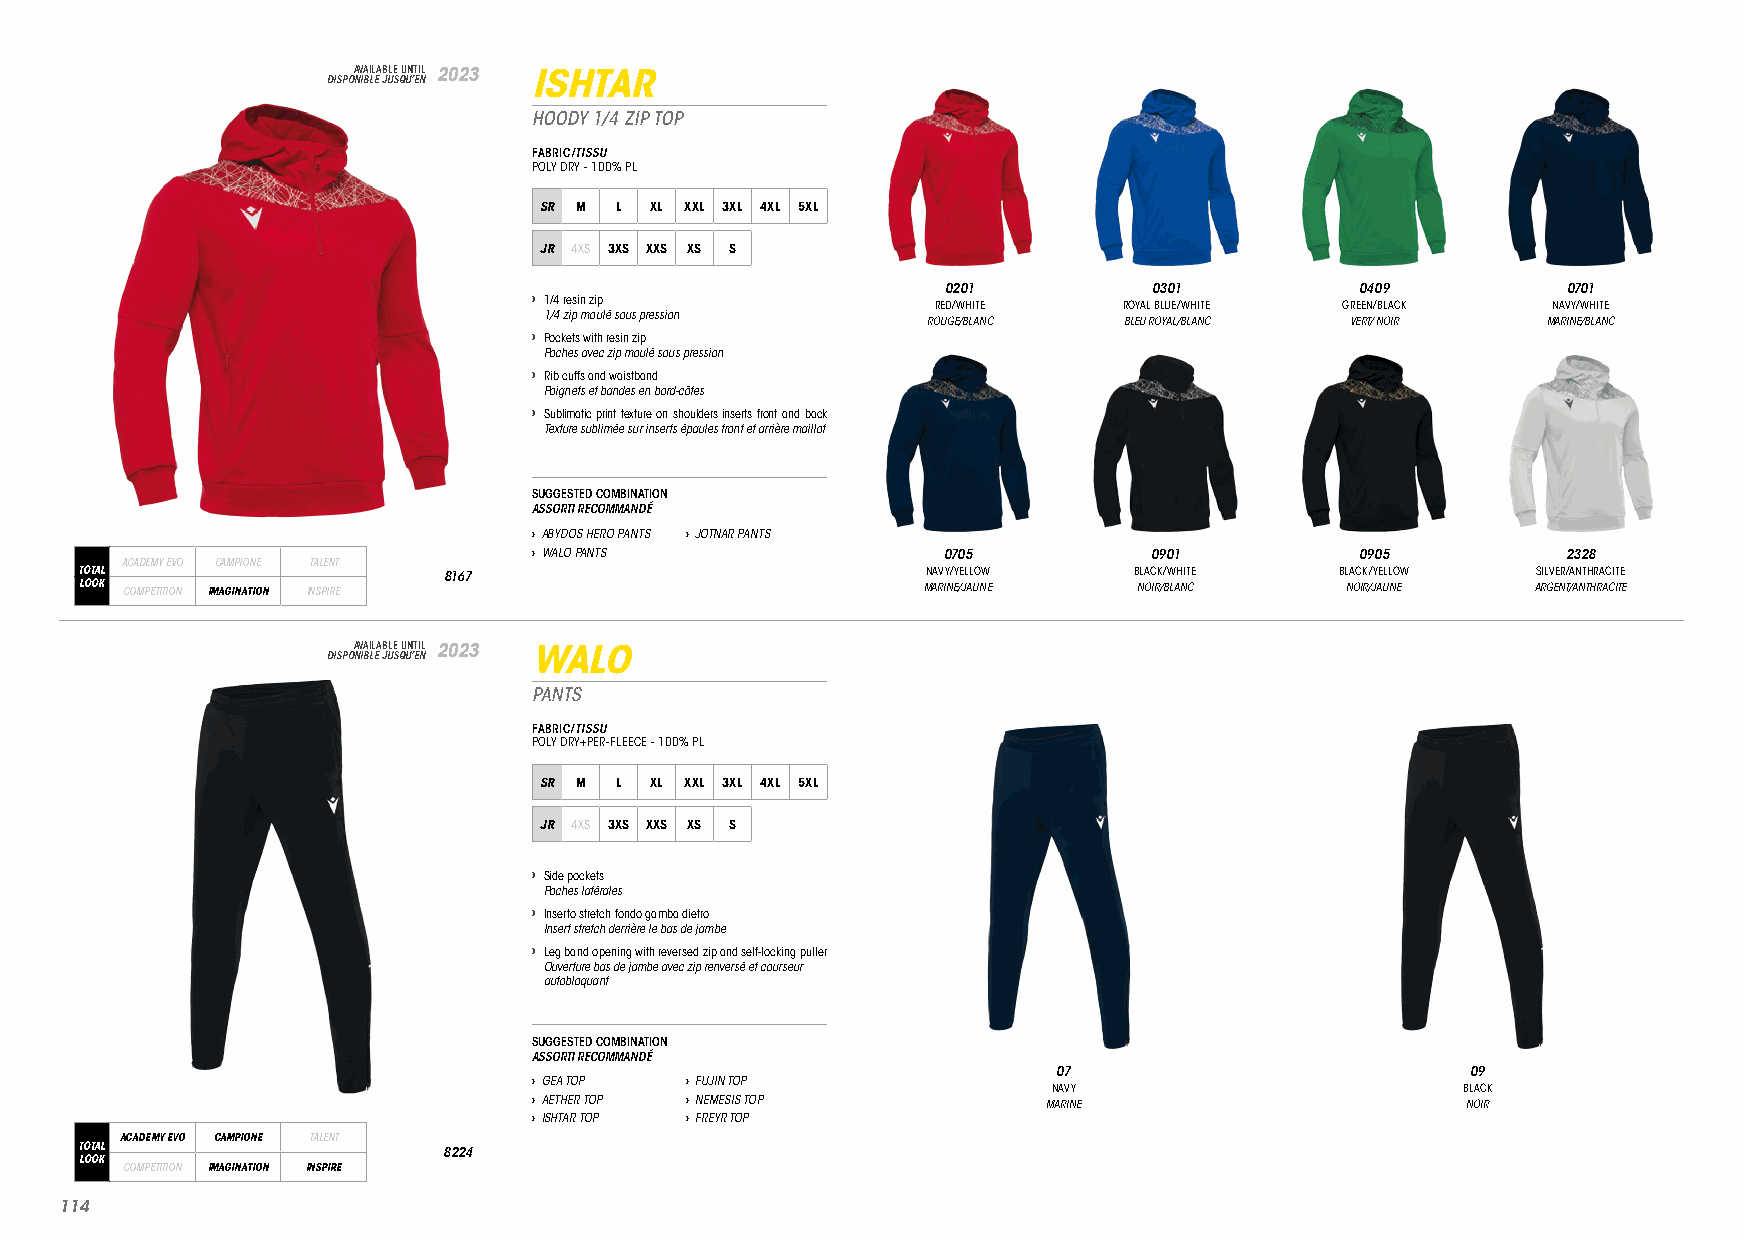
DISPOA NV IBA LIL EA JB ULE S QU UN ’T EI NL 2023 ISHTAR
 HOODY 1/4 ZIP TOP
 FABRIC/TISSU
 POLY DRY - 100% PL
 SR M L XL XXL 3XL 4XL 5XL
 JR 4XS 3XS XXS XS S
 0201         0301          0409          0701
 › 1/4 resin zip            RED/WHITE   ROYAL BLUE/WHITE GREEN/BLACK NAVY/WHITE
 1/4 zip moulé sous pression
 ROUGE/BLANC  BLEU ROYAL/BLANC VERT/ NOIR MARINE/BLANC
 › Pockets with resin zip
 Poches avec zip moulé sous pression
 › Rib cuffs and waistband
 Poignets et bandes en bord-côtes
 › Sublimatic print texture on shoulders inserts front and back
 Texture sublimée sur inserts épaules front et arrière maillot
 SUGGESTED COMBINATION
 ASSORTI RECOMMANDÉ
 › ABYDOS HERO PANTS › JOTNAR PANTS
 › WALO PANTS               0705          0901          0905          2328
 ACADEMY EVO CAMPIONE TALENT
 TOTAL                   8167                            NAVY/YELLOW   BLACK/WHITE   BLACK/YELLOW SILVER/ANTHRACITE
 LOOK COMPETITION IMAGINATION INSPIRE                    MARINE/JAUNE  NOIR/BLANC    NOIR/JAUNE   ARGENT/ANTHRACITE
 DISPOA NV IBA LIL EA JB ULE S QU UN ’T EI NL 2023 WALO
 PANTS
 FABRIC/TISSU
 POLY DRY+PER-FLEECE - 100% PL
 SR M L XL XXL 3XL 4XL 5XL
 JR 4XS 3XS XXS XS S
 › Side pockets
 Poches latérales
 › Inserto stretch fondo gamba dietro
 Insert stretch derrière le bas de jambe
 › Leg band opening with reversed zip and self-locking puller
 Ouverture bas de jambe avec zip renversé et courseur
 autobloquant
 SUGGESTED COMBINATION
 ASSORTI RECOMMANDÉ
 07                         09
 › GEA TOP › FUJIN TOP
 NAVY                       BLACK
 › AETHER TOP › NEMESIS TOP        MARINE                      NOIR
 › ISHTAR TOP › FREYR TOP
 ACADEMY EVO CAMPIONE TALENT
 TOTAL                   8224
 LOOK
 COMPETITION IMAGINATION INSPIRE
 111144